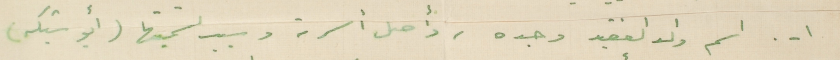
١- . اسم والد الفقيد وجده، وأصل أسرته وسبب تسميتها (ابو شبكه)